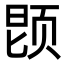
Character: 𬱝